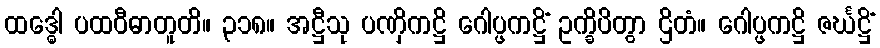
ထဒ္ဓေါ ပထဝီဓာတူတိ။ ၃၁၈။ အဋ္ဌီသု ပဏှိကဋ္ဌိ ဂေါပ္ဖကဋ္ဌိံ ဥက္ခိပိတွာ ဌိတံ။ ဂေါပ္ဖကဋ္ဌိ ဇင်္ဃဋ္ဌိံ